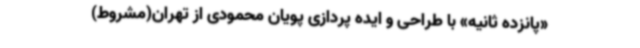
«پانزده ثانیه» با طراحی و ایده پردازی پویان محمودی از تهران(مشروط)